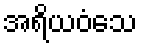
အရိယဝံသေ